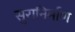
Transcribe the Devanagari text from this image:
सुरानिर्माण